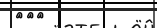
١٤٦